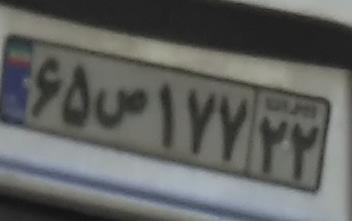
۶۵ص۱۷۷۲۲